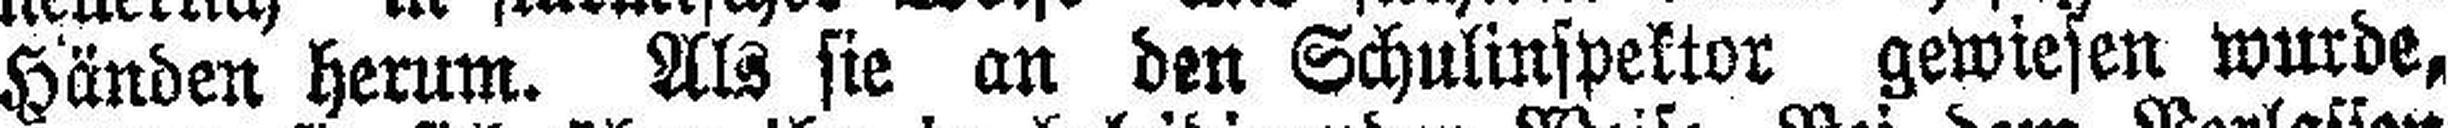
Händen herum. Als sie an den Schulinspektor gewiesen wurde,